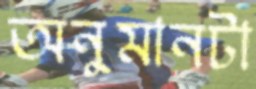
অনুমানটা